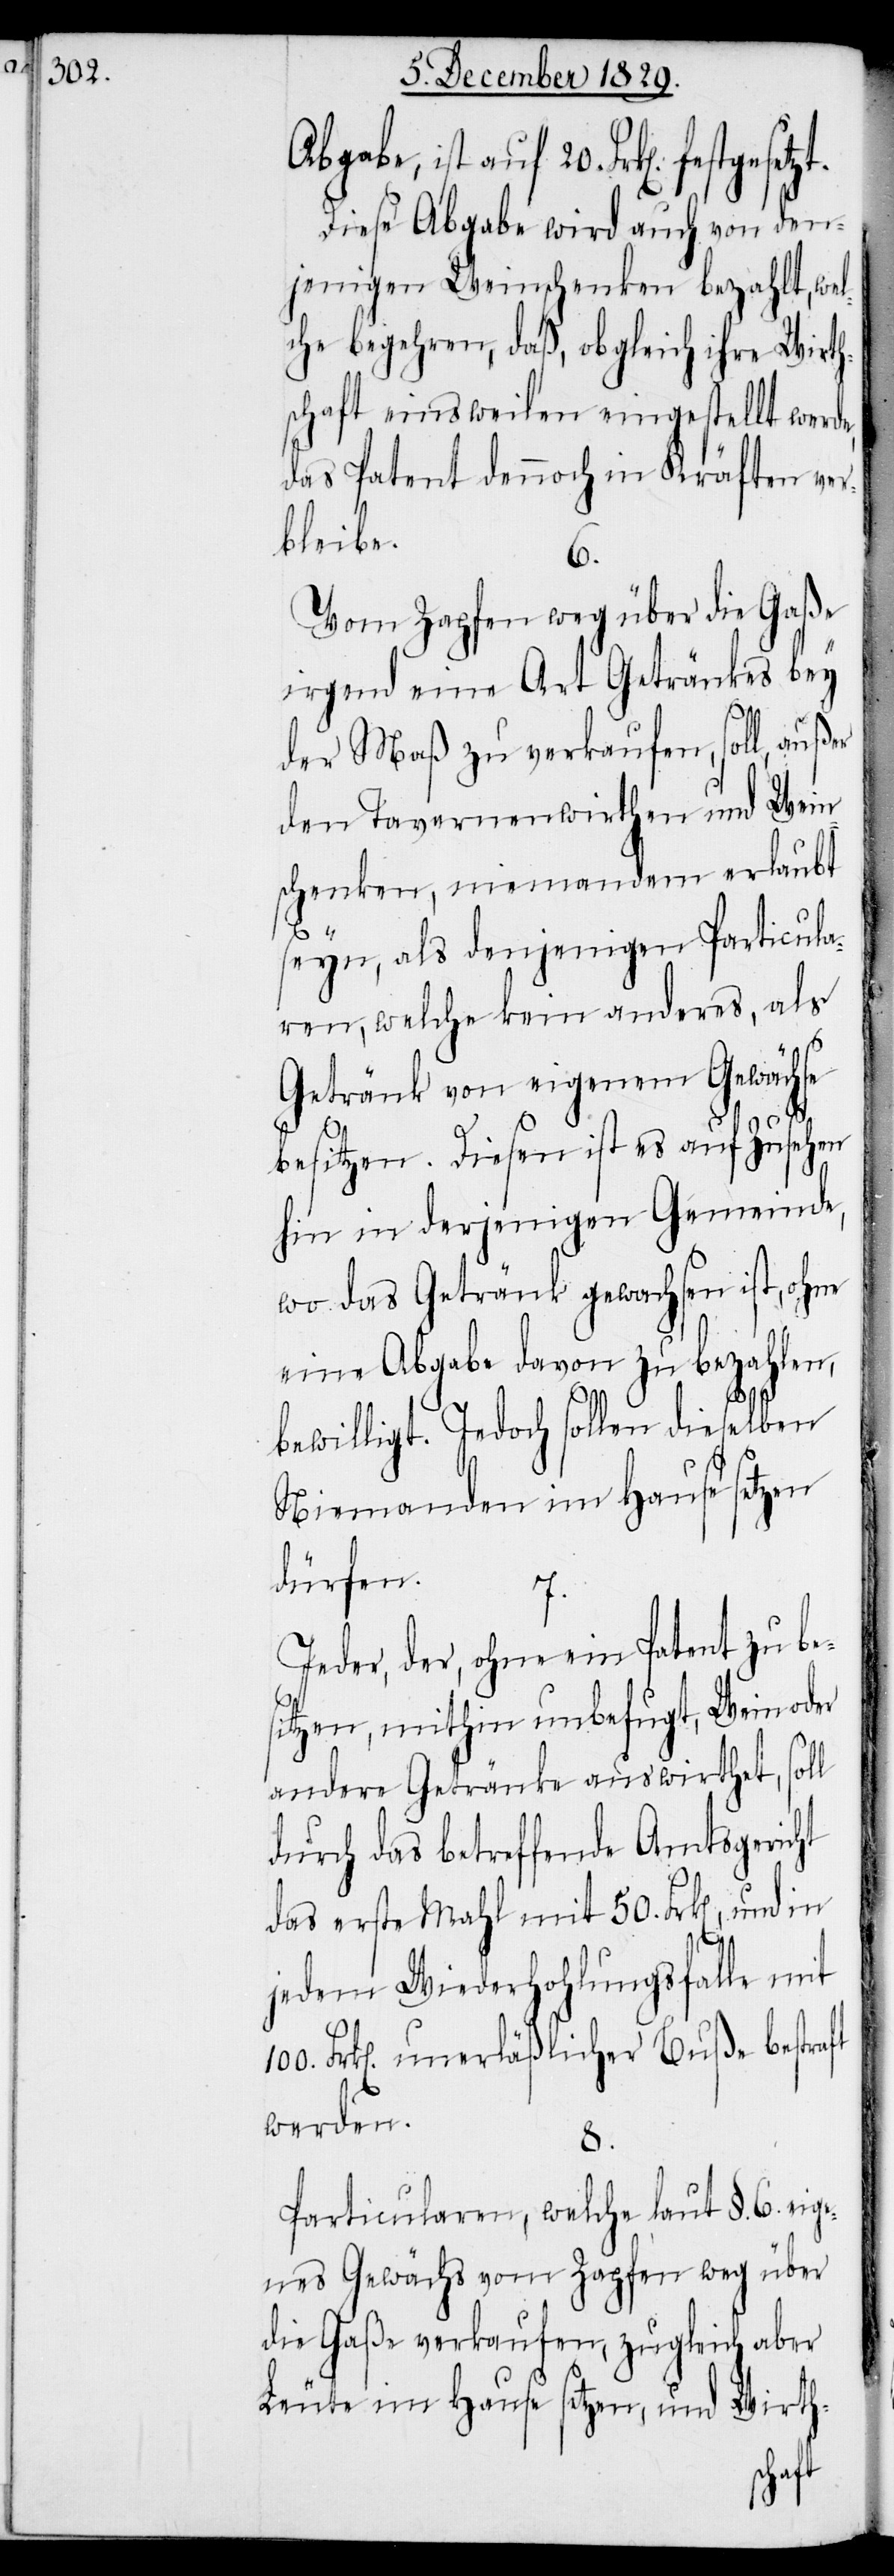
Abgabe, ist auf 20. Frk[en]. festge¬
Diese Abgabe wird auch von den¬
jenigen Weinschenken bezahlt, wel¬
che begehren, daß, obgleich ihre Wirth¬
schaft einsweilen eingestellt werd¬
das Patent dennoch in Kräften ver¬
bleibe.
6.
Vom Zapfen weg über die Gaße
irgend eine Art Getränkes bey
der Maß zu verkaufen, soll, außer
den Tavernenwirthen und Wein¬
schenken, niemandem erlaubt
seyn, als denjenigen Particula¬
ren, welche kein anderes, als
Getränk von eigenem Gewächse
setzt.
besitzen. Diesen ist es auf Zusehen
hin in derjenigen Gemeinde,
wo das Getränk gewachsen ist, ohne
eine Abgabe davon zu bezahlen,
100.
bewilligt. Jedoch sollen dieselben
Niemanden im Hause setzen
dürfen.
Jeder, der, ohne ein Patent zu be¬
sitzen, mithin unbefugt, Wein oder
andere Getränke auswirthet, soll
durch das betreffende Amtsgericht
das erste Mahl mit 50. Frk[en]., und
jedem Wiederholungsfalle mit
Frk[en]. unerläßlicher Buße bestraft
werden.
8.
Particularen, welche laut §. 6. eig¬
enes Gewächs vom Zapfen weg über
die Gaße verkaufen, zugleich aber
Leute im Hause setzen, und Wirth-
e,